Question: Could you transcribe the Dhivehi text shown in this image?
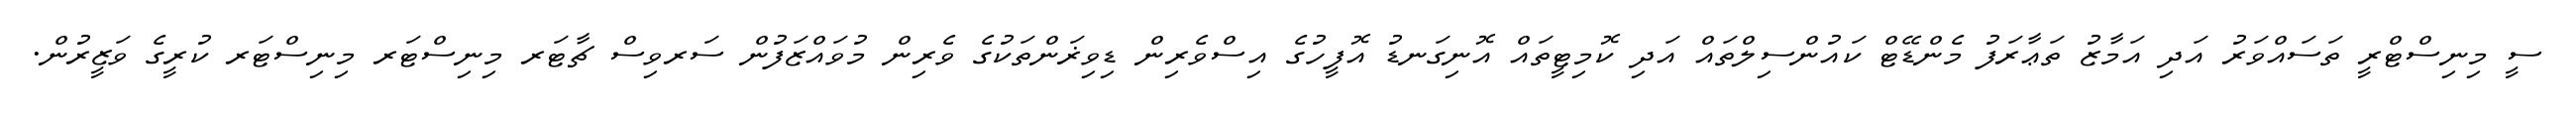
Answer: ސީ މިނިސްޓްރީ ތަސައްވަރު އަދި އަމާޒު ތަޢާރަފު މެންޑޭޓް ކައުންސިލްތައް އަދި ކޮމިޓީތައް އޮނިގަނޑު އޮފީހުގެ އިސްވެރިން ޑިވިޜަންތަކުގެ ވެރިން މުވައްޒަފުން ސަރވިސް ޗާޓަރ މިނިސްޓަރ މިނިސްޓަރ ކުރީގެ ވަޒީރުން.